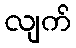
လျက်